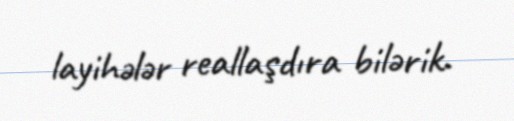
layihələr reallaşdıra bilərik.